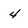
Character: 4